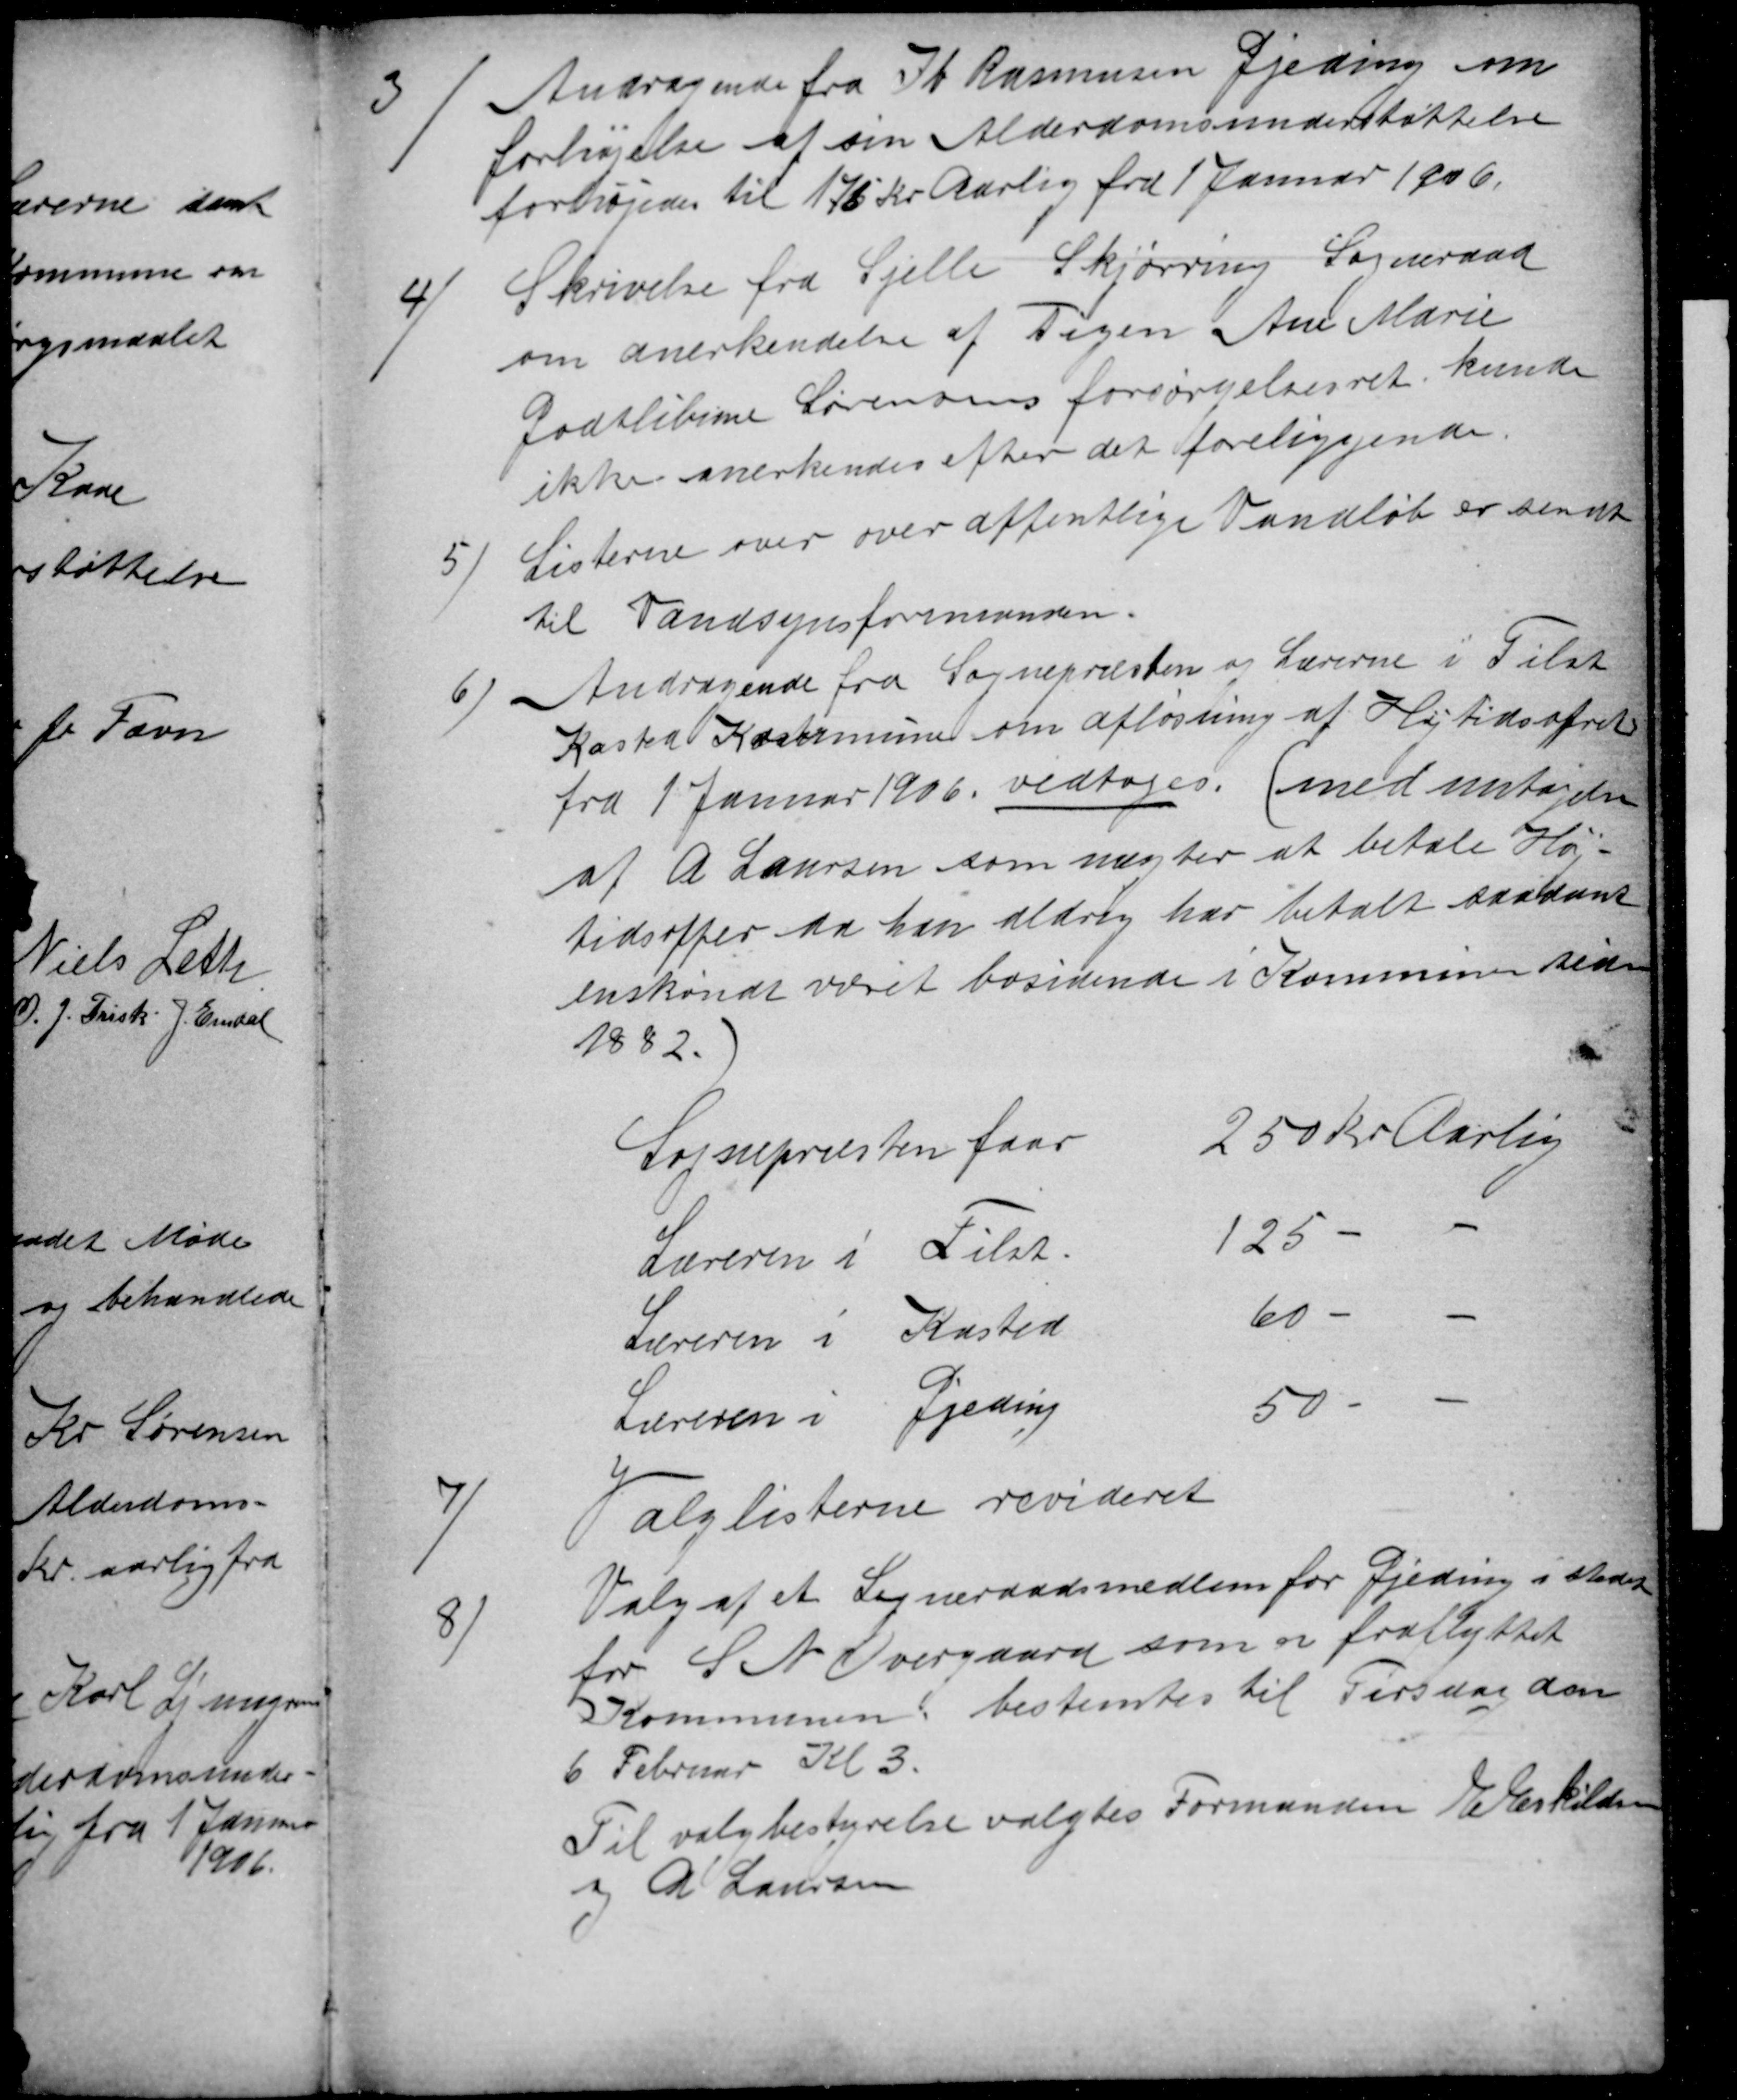
Transskription:
3
Andragende fra Ib Rasmussen Gjeding om
forhøjelse af sin Alderdomsunderstøttelse
forhøjedes til 175 Kr Aarlig fra 1 Januar 1906.
4)
Skrivelse fra Sjelle Skjørring Sogneraad
om anerkendelse af Pigen Ane Marie
Godtlibine Sørensens forsørgelsesret kunde
ikke anerkendes efter det foreliggende.
5
Listerne over over offentlige Vandløb er sendt
til Vandsynsformanden.
6
Andragende fra Sognepræsten og Lærerne i Tilst
Kasted Kommune om afløsning af Højtidsofret
fra 1 Januar 1906. vedtoges. (med untagelse
af A Laursen som nægter at betale Høj-
tidsoffer da han aldrig har betalt saadant
enskøndt været bosidende i Kommunen siden
1882.)
Sognepræsten faar
250 Kr Aarlig
Læreren i Tilst.
125
Læreren i Kasted
60
Læreren i Gjeding
50
7)
Valglisterne revideret
8)
Valg af et Sogneraadsmedlem for Gjeding i Stedet
for S N Overgaard som er fraflyttet
Kommunen bestemtes til Tirsdag den
6 Februar Kl 3.
Til valgbestyrelse valgtes Formanden E Eskildsen
og A Laursen